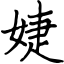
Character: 婕